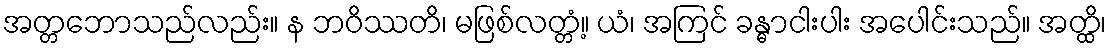
အတ္တဘောသည်လည်း။ န ဘဝိဿတိ၊ မဖြစ်လတ္တံ့။ ယံ၊ အကြင် ခန္ဓာငါးပါး အပေါင်းသည်။ အတ္ထိ၊